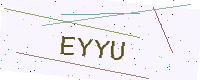
Text: EYYU